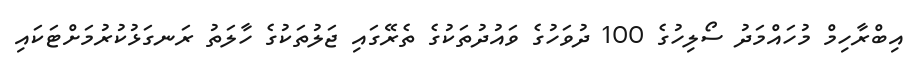
އިބްރާހިމް މުހައްމަދު ސޯލިހުގެ 100 ދުވަހުގެ ވައުދުތަކުގެ ތެރޭގައި ޖަލުތަކުގެ ހާލަތު ރަނގަޅުކުރުމަށްޓަކައި